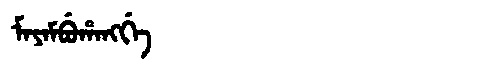
Manchu: ᠮᠠᠶᠠᠮᠪᡠᡥᠠᠩᡤᡝ
Romanization: MAYAMBUHANGGE